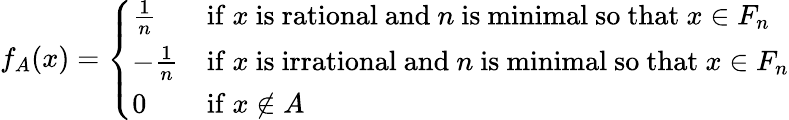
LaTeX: f_{A}(x)={\left\{ \begin{array}{ll}{{\frac{1}{n}}}&{{\mathrm{if~}}x{\mathrm{~is~rational~and~}}n{\mathrm{~is~minimal~so~that~}}x\in F_{n}}\\ {-{\frac{1}{n}}}&{{\mathrm{if~}}x{\mathrm{~is~irrational~and~}}n{\mathrm{~is~minimal~so~that~}}x\in F_{n}}\\ {0}&{{\mathrm{if~}}x\notin A}\end{array}\right.}